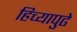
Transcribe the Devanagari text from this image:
हिच्यापुढे